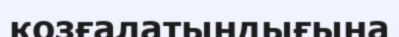
қозғалатындығына